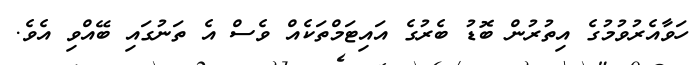
ހަވާއެރުވުމުގެ އިތުރުން ބޮޑު ބެރުގެ އައިޓަމްތަކެއް ވެސް އެ ތަނުގައި ބޭއްވި އެވެ.